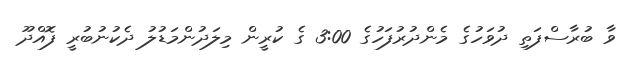
ވާ ބުރާސްފަތި ދުވަހުގެ މެންދުރުފަހުގެ 3:00 ގެ ކުރީން މިލަދުންމަޑުލު ދެކުނުބުރީ ފޮއްދޫ